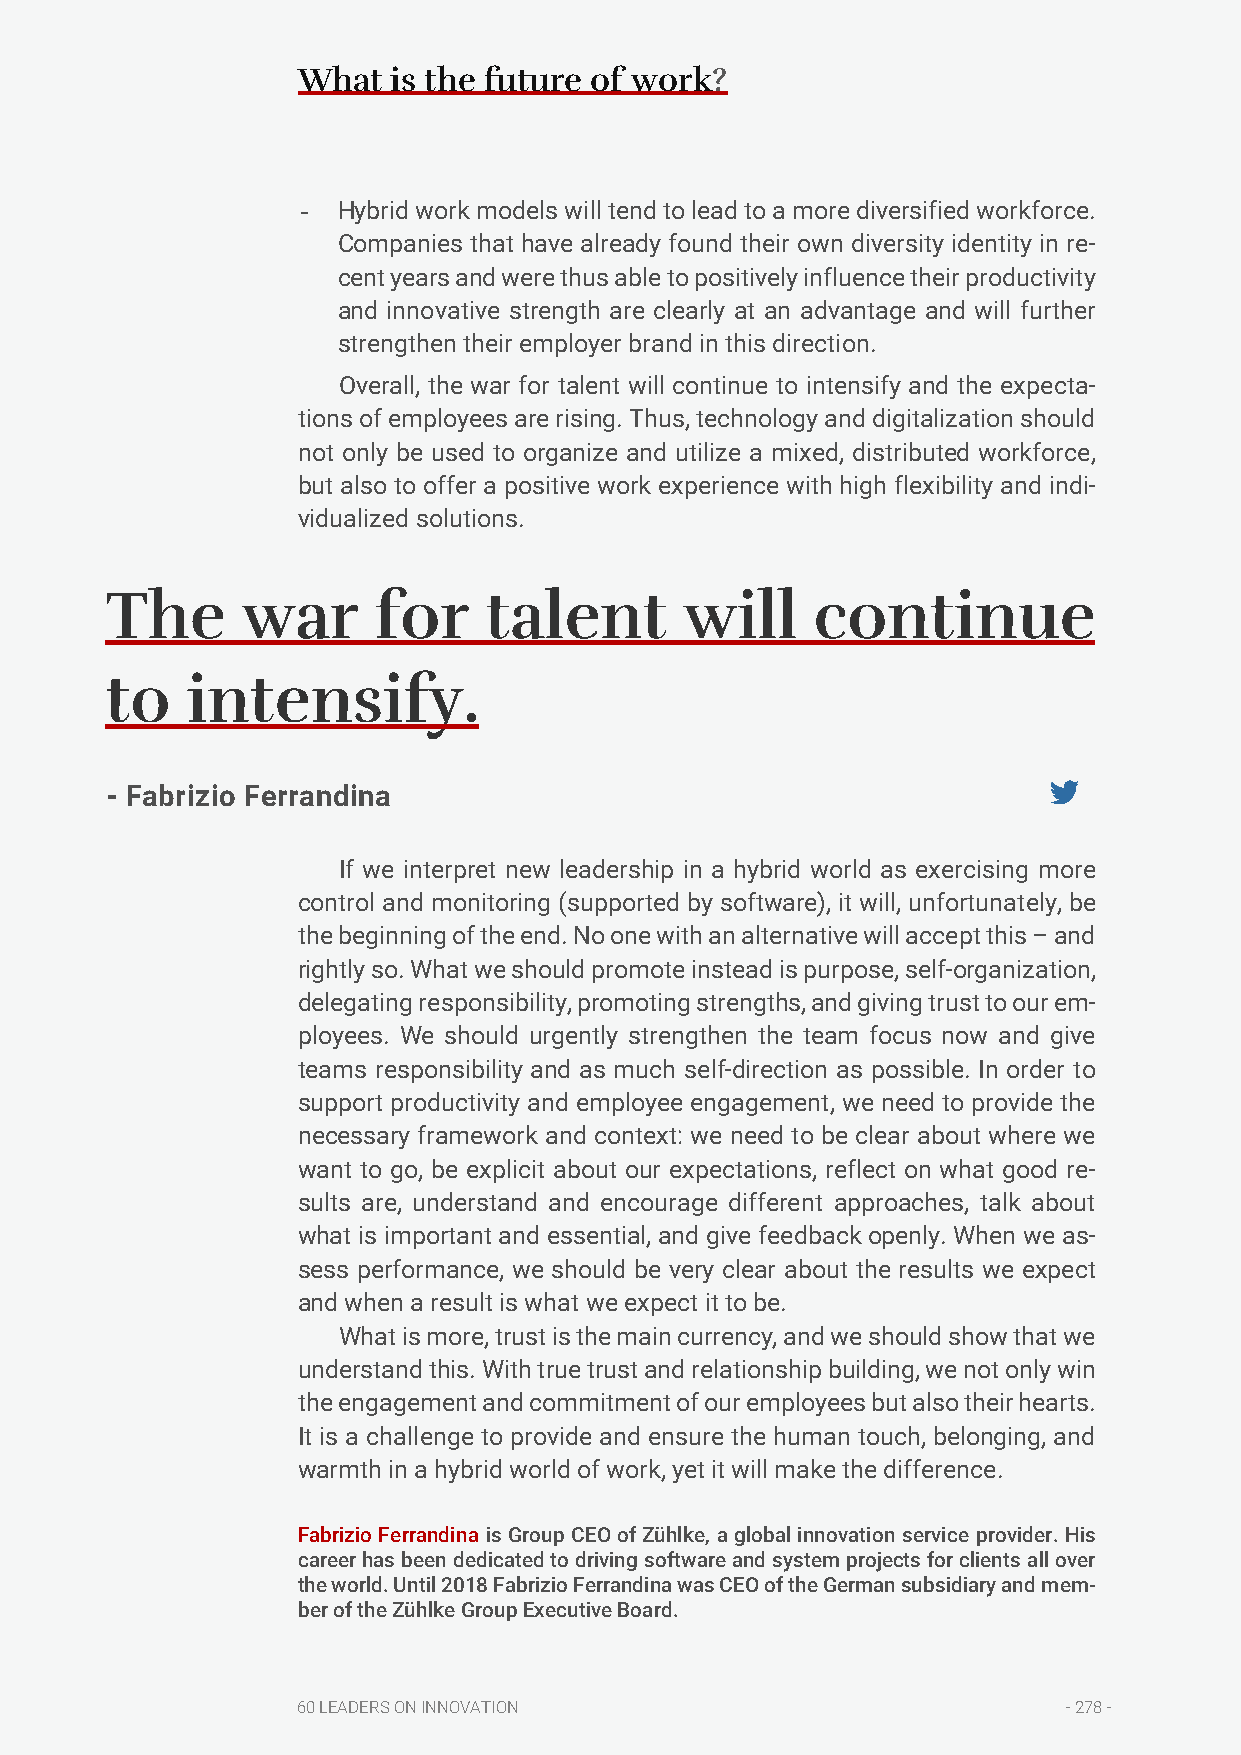
What  is the future of work?
 - Hybrid work models will tend to lead to a more diversified workforce.
 Companies that have already found their own diversity identity in re-
 cent years and were thus able to positively influence their productivity
 and innovative strength are clearly at an advantage and will further
 strengthen their employer brand in this direction.
 Overall, the war for talent will continue to intensify and the expecta-
 tions of employees are rising. Thus, technology and digitalization should
 not only be used to organize and utilize a mixed, distributed workforce,
 but also to offer a positive work experience with high flexibility and indi-
 vidualized solutions.
 The      war      for    talent       will     continue
 to   intensify.
 - Fabrizio Ferrandina
 If we interpret new leadership in a hybrid world as exercising more
 control and monitoring (supported by software), it will, unfortunately, be
 the beginning of the end. No one with an alternative will accept this – and
 rightly so. What we should promote instead is purpose, self-organization,
 delegating responsibility, promoting strengths, and giving trust to our em-
 ployees. We should urgently strengthen the team focus now and give
 teams responsibility and as much self-direction as possible. In order to
 support productivity and employee engagement, we need to provide the
 necessary framework and context: we need to be clear about where we
 want to go, be explicit about our expectations, reflect on what good re-
 sults are, understand and encourage different approaches, talk about
 what is important and essential, and give feedback openly. When we as-
 sess performance, we should be very clear about the results we expect
 and when a result is what we expect it to be.
 What is more, trust is the main currency, and we should show that we
 understand this. With true trust and relationship building, we not only win
 the engagement and commitment of our employees but also their hearts.
 It is a challenge to provide and ensure the human touch, belonging, and
 warmth in a hybrid world of work, yet it will make the difference.
 Fabrizio Ferrandina is Group CEO of Zühlke, a global innovation service provider. His
 career has been dedicated to driving software and system projects for clients all over
 the world. Until 2018 Fabrizio Ferrandina was CEO of the German subsidiary and mem-
 ber of the Zühlke Group Executive Board.
 60 LEADERS ON INNOVATION                           - 278 -